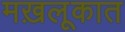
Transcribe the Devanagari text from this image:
मख़लूकात